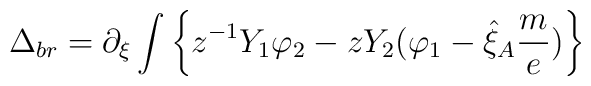
\Delta_{br} = \partial_{\xi} \int \left\{ z^{-1} Y_1 \varphi_2                              -z Y_2 (\varphi_1 - \hat{\xi}_A                             \frac{m}{e}) \right\}